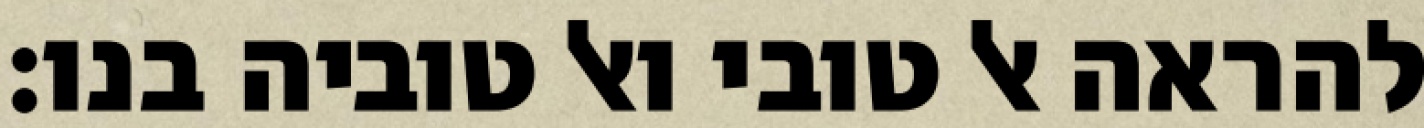
להראה אל טובי ואל טוביה בנו: